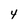
Character: 4